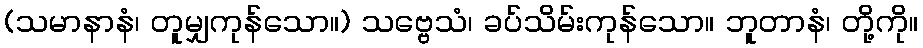
(သမာနာနံ၊ တူမျှကုန်သော။) သဗ္ဗေသံ၊ ခပ်သိမ်းကုန်သော။ ဘူတာနံ၊ တို့ကို။